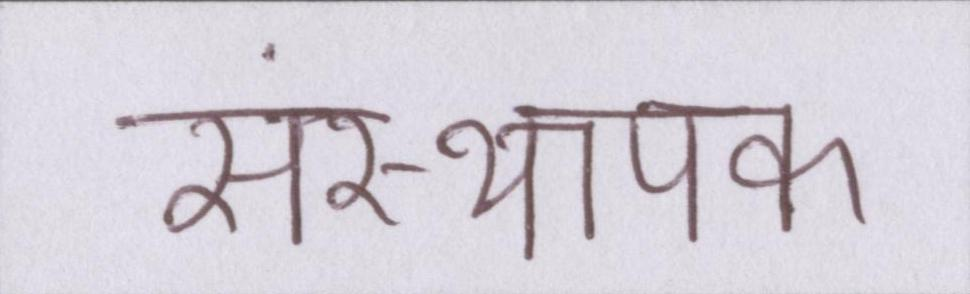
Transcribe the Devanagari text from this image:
संस्थापक